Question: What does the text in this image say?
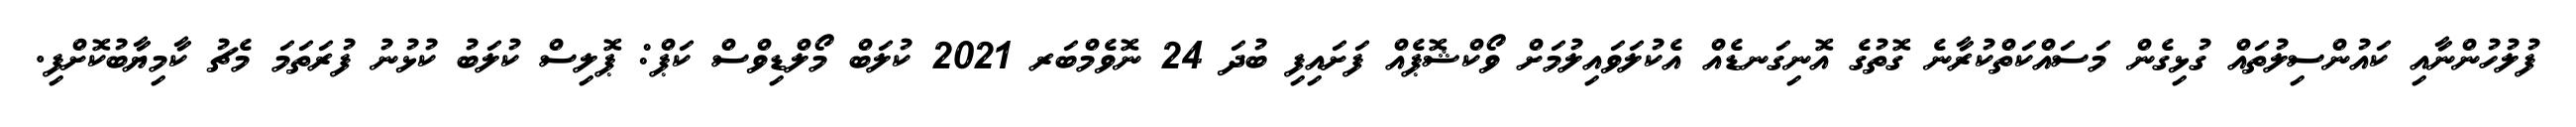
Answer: ފުލުހުންނާއި ކައުންސިލުތައް ގުޅިގެން މަސައްކަތްކުރާނެ ގޮތުގެ އޮނިގަނޑެއް އެކުލަވައިލުމަށް ވޯކްޝޮޕެއް ފަށައިފި ބުދަ 24 ނޮވެމްބަރ 2021 ކުލަބް މޯލްޑިވްސް ކަޕް: ޕޮލިސް ކުލަބު ކުޅުނު ފުރަތަމަ މެޗު ކާމިޔާބުކޮށްފި.